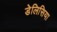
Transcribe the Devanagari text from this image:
डेलिसिया